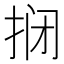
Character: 𫼫